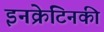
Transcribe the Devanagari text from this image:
इनक्रेटिनकी